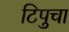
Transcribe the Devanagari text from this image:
टिपुचा